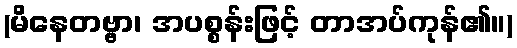
(မိနေတဗ္ဗာ၊ အပစ္စန်းဖြင့် တာအပ်ကုန်၏။)